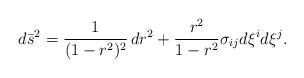
LaTeX: \begin{align*}d \bar{s}^2 = \frac{1}{(1-r^2)^2} \, dr^2 + \frac{r^2}{1-r^2}\sigma_{ij} d \xi^i d \xi^j.\end{align*}